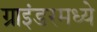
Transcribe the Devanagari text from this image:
ग्राइंडरमध्ये